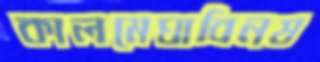
কালমেঘাবিনষ